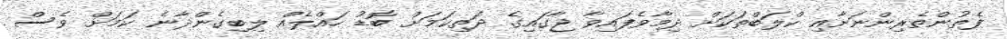
ފެތުންތެރިންނަށާއި ކްލަބްތަކަށް ދިމާވެފައިވާ ޖާގައިގެ ދަތިކަމަށް ބޮޑު ހައްލެއް ލިބިގެންދާނެ ކަމަށް ވެސް